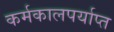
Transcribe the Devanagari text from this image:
कर्मकालपर्याप्त